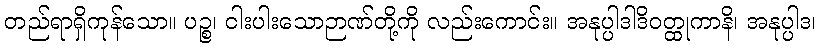
တည်ရာရှိကုန်သော။ ပဉ္စ၊ ငါးပါးသောဉာဏ်တို့ကို လည်းကောင်း။ အနုပ္ပါဒါဒိဝတ္ထုကာနိ၊ အနုပ္ပါဒ၊